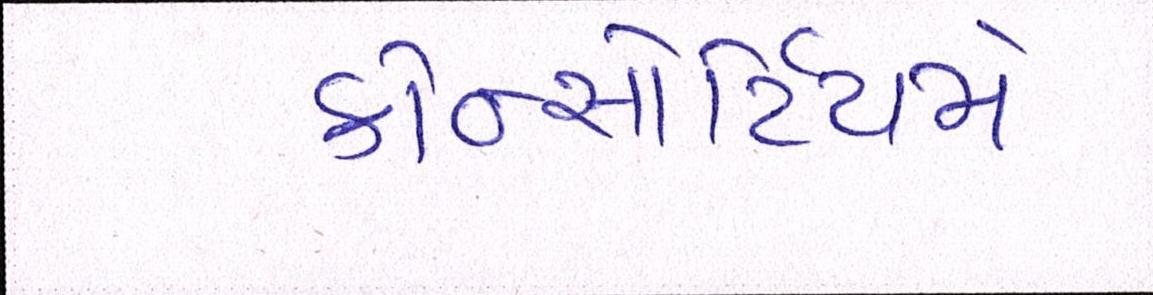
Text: કોન્સોર્ટિયમે